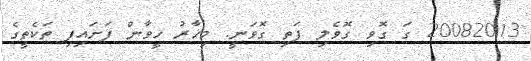
20082013 ގަ ގޮވި ގޮވެލި ފަތި ގޮވަނީ. މިހާރު ހީވާން ފަށައިފި ތަކެތީގެ